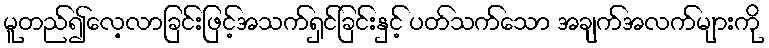
မူတည်၍လေ့လာခြင်းဖြင့်အသက်ရှင်ခြင်းနှင့် ပတ်သက်သော အချက်အလက်များကို